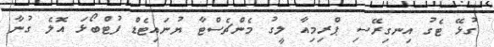
ގުޅޭ ޓެގު އިނގިރޭސި ޕްރިމިއާ ލީގު މެންޗެސްޓާ ޔުނައިޓެޑް ފުޓްބޯޅަ އޮލެ ގުނާ